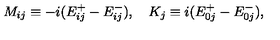
M _ { i j } \equiv - i ( E _ { i j } ^ { + } - E _ { i j } ^ { - } ) , \quad K _ { j } \equiv i ( E _ { 0 j } ^ { + } - E _ { 0 j } ^ { - } ) ,